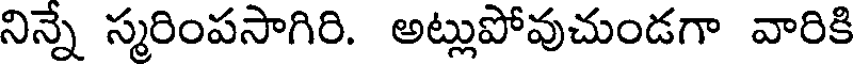
నిన్నే స్మరింపసాగిరి. అట్లుపోవుచుండగా వారికి